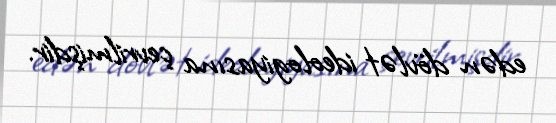
edən dövlət ideologiyasına çevrilmişdir.